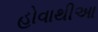
હોવાથીઆ